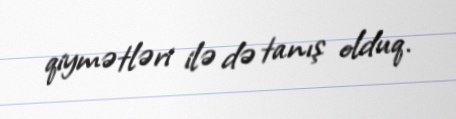
qiymətləri ilə də tanış olduq.